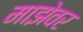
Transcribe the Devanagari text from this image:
माझेवर